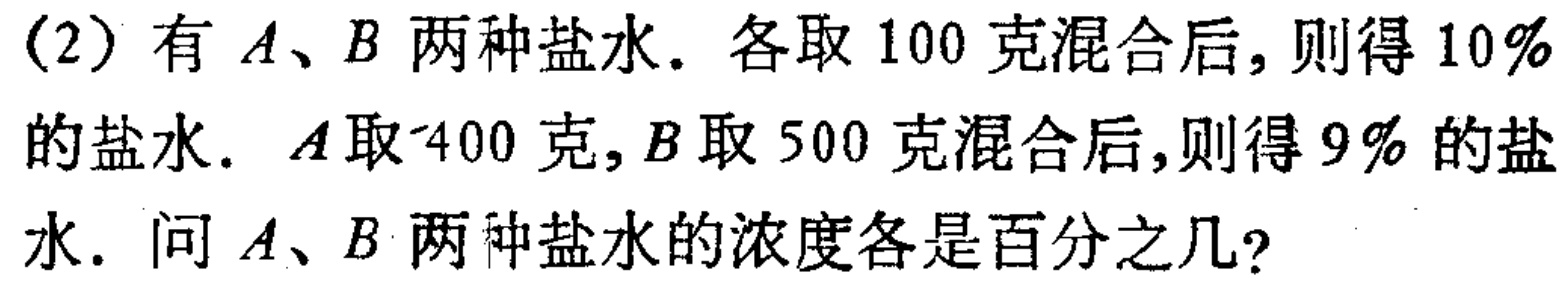
(2) 有 \(A、B\) 两种盐水. 各取 \(100\) 克混合后, 则得 \(10\%\) 的盐水. \(A\) 取 \(400\) 克, \(B\) 取 \(500\) 克混合后, 则得 \(9\%\) 的盐水. 问 \(A、B\) 两种盐水的浓度各是百分之几?